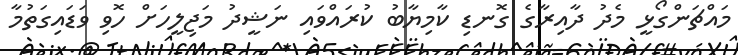
މައްޗަންގޯޅީ މެދު ދާއިރާގެ ގޮނޑި ކާމިޔާބު ކުރައްވައި ނަޝީދު މަޖިލީހަށް ހޮވި ވަޑައިގަތުމާ